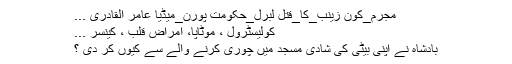
مجرم_کون زینب_کا_قتل لبرل_حکومت پورن_میڈیا عامر القادری ...
کولیسٹرول ، موٹاپا، امراض قلب ، کینسر ...
بادشاہ نے اپنی بیٹی کی شادی مسجد میں چوری کرنے والے سے کیوں کر دی ؟